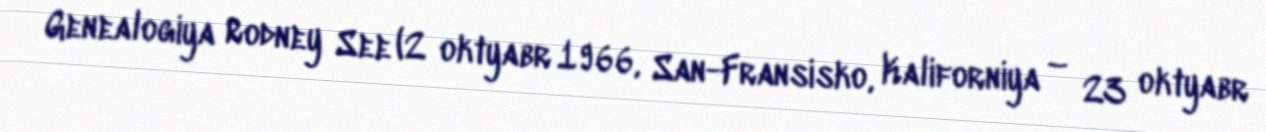
Genealogiya Rodney See (2 oktyabr 1966, San-Fransisko, Kaliforniya – 23 oktyabr